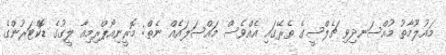
މައުލޫމާތު މުއްސަނދިވި ޗެލްސީގެ ތެރޭގައި އެއްވެސް މައްސަލައެއް ނެތް: މޮރީނިއޯޕްރިމިއާ ލީގުގެ ޑޮކްޓަރުންގެ